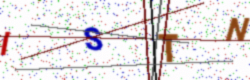
Text: ISTN